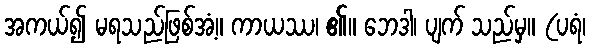
အကယ်၍ မရသည်ဖြစ်အံ့။ ကာယဿ၊ ၏။ ဘေဒါ၊ ပျက် သည်မှ။ (ပရံ၊